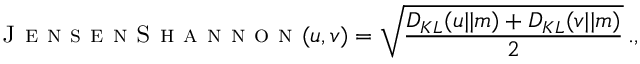
\textsc { J e n s e n S h a n n o n } ( u , v ) = \sqrt { \frac { D _ { K L } ( u | | m ) + D _ { K L } ( v | | m ) } { 2 } } \, . ,